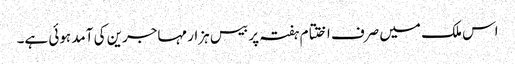
اس ملک میں صرف اختتام ہفتہ پر بیس ہزار مہاجرین کی آمد ہوئی ہے۔